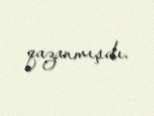
qazanmışdı.